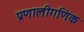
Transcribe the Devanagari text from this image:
प्रणालीगणिक